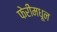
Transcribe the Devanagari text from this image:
फेरींमधून